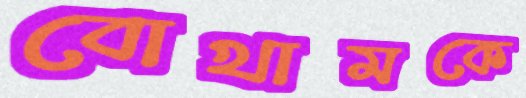
বোখামকে